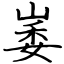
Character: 崣